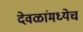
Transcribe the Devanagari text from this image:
देवळांमध्येच